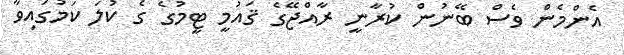
އެންމެން ވެސް ބޭނުން ކުރާނީ ރާއްޖޭގެ ޤައުމީ ޓީމުގެ ގެ ކުލަ ކަމުގައިވާ